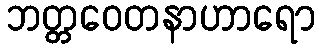
ဘတ္တဝေတနာဟာရော